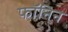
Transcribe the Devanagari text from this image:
फॉनिन